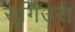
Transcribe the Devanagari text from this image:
सुगिउरा